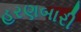
હરણબારી